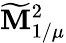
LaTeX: \widetilde{\mathbf{M}}_{1/\mu}^{2}